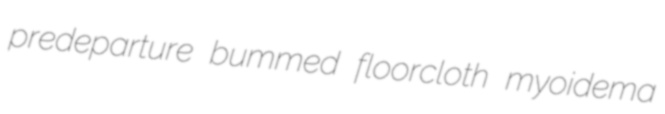
predeparture bummed floorcloth myoidema